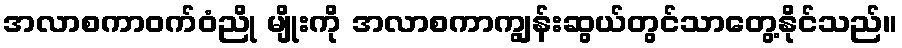
အလာစကာဝက်ဝံညို မျိုးကို အလာစကာကျွန်းဆွယ်တွင်သာတွေ့နိုင်သည်။